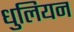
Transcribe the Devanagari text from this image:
धुलियन